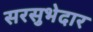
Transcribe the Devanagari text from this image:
सरसुभेदार